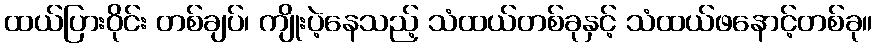
ထယ်ပြားဝိုင်း တစ်ချပ်၊ ကျိုးပဲ့နေသည့် သံထယ်တစ်ခုနှင့် သံထယ်ဖနောင့်တစ်ခု။